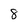
Character: 8